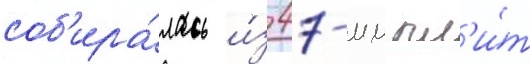
соб'ира́лась и́з 47-мм пл'и́т